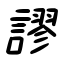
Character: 謬